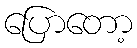
ပြောတော့